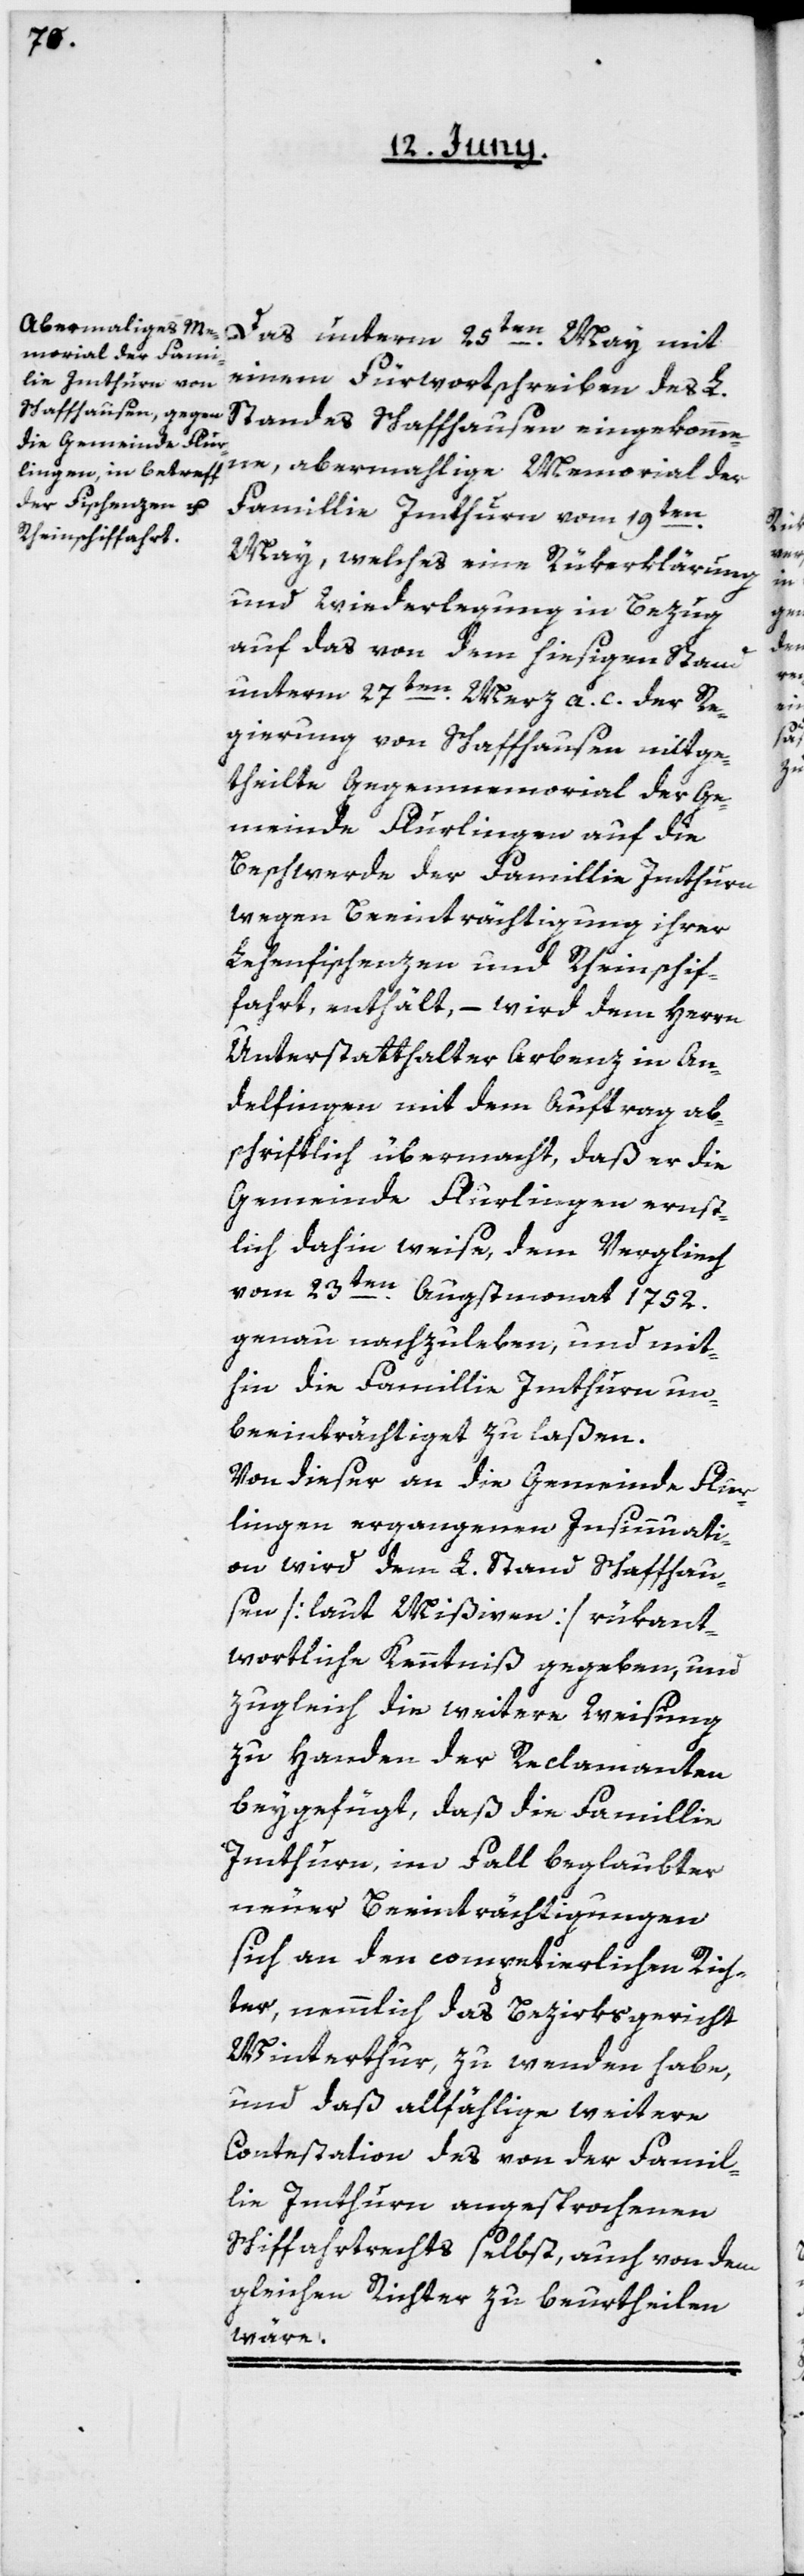
Das unterm 25ten May mit
einem Fürwortschreiben des L.
Standes Schaffhausen eingekomme¬
ne, abermahlige Memorial der
Familie Imthurn vom 19ten
May, welches eine Rükerklärung
und Wiederlegung in Bezug
auf das von dem hiesigen Stand
unterm 27ten März a. c. der Re¬
gierung von Schaffhausen mitge¬
theilte Gegenmemorial der Ge¬
meinde Flurlingen auf die
Beschwerde der Famillie Imthurn,
wegen Beeinträchtigung ihrer
Lehenfischenzen und Rheinschif¬
fahrt enthält, – wird dem Herrn
Unterstatthalter Arbenz in An¬
delfingen mit dem Auftrag ab¬
schriftlich übermacht, daß er die
Gemeinde Flurlingen ernst¬
lich dahin weise, dem Vergleich
vom 23ten Augstmonat 1752.
genau nachzuleben, und mit¬
hin die Famillie Imthurn un¬
beeinträchtiget zu laßen.
Von dieser an die Gemeinde Flur¬
lingen ergangenen Insinuati¬
on wird dem L. Stand Schaffhau¬
sen [laut Mißiven] rükant¬
wortliche Kenntniß gegeben, und
zugleich die weitere Weisung
zu Handen der Reclamanten
beygefügt, daß die Famillie
Imthurn im Fall beglaubter
neuer Beeinträchtigungen
sich an den competierlichen Rich¬
ter, nemmlich das Bezirksgericht
Winterthur, zu wenden habe,
und daß allfählige weitere
Contestation des von der Famil¬
lie Imthurn angesprochenen
Schiffahrtsrecht selbst, auch von dem
gleichen Richter zu beurtheilen
wäre.